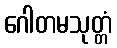
ဂေါတမသုတ္တံ